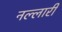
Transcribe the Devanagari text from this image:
नल्लारी